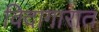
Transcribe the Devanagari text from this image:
विदागारात